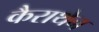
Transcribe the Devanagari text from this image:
कैराथेन